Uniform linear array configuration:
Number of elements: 8
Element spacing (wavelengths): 0.75
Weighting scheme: hamming
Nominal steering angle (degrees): -15
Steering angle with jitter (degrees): -16.622
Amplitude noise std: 0.05
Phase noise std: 0.05

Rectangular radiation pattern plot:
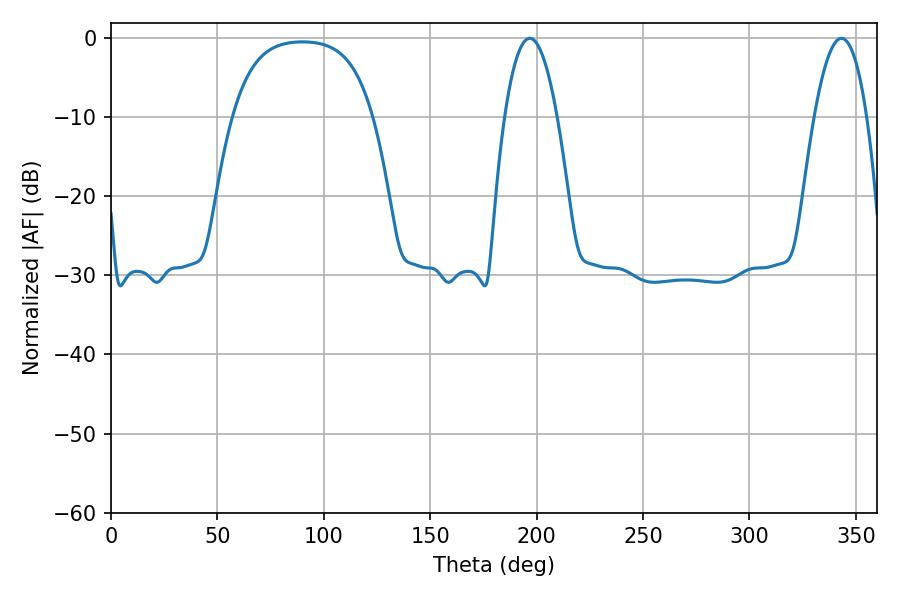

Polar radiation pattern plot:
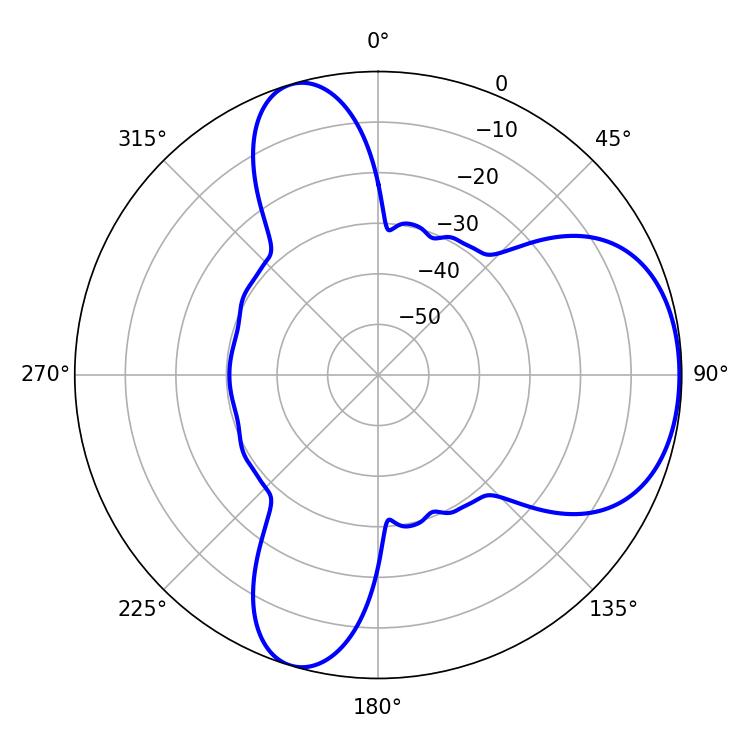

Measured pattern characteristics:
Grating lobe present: TRUE
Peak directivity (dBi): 5.718
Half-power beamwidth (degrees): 13.68
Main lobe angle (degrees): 196.74